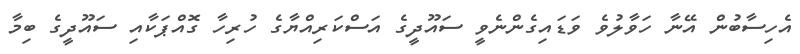
އެހިސާބުން އޭނާ ހަވާލުވެ ވަޑައިގެންނެވީ ސައޫދީގެ އަސްކަރިއްޔާގެ ހުރިހާ ގޮއްޕަކާއި ސައޫދީގެ ބިމާ